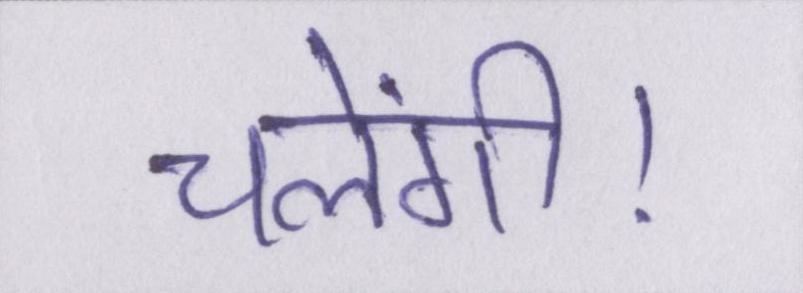
चलेंगी।